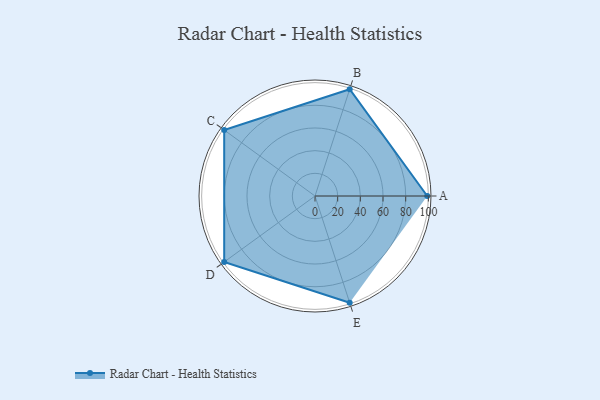
{"axis": {"x": "Skill", "y": "Score"}, "legend": ["Profile"], "data": [{"x": "A", "y": 99, "type": "Profile"}, {"x": "B", "y": 99, "type": "Profile"}, {"x": "C", "y": 99, "type": "Profile"}, {"x": "D", "y": 99, "type": "Profile"}, {"x": "E", "y": 99, "type": "Profile"}]}